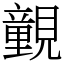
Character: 䚒